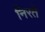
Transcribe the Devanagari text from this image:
निरते